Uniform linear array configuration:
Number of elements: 12
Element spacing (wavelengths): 0.25
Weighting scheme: cosine
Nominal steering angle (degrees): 30
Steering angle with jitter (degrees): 31.888
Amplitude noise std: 0.05
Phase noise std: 0.05

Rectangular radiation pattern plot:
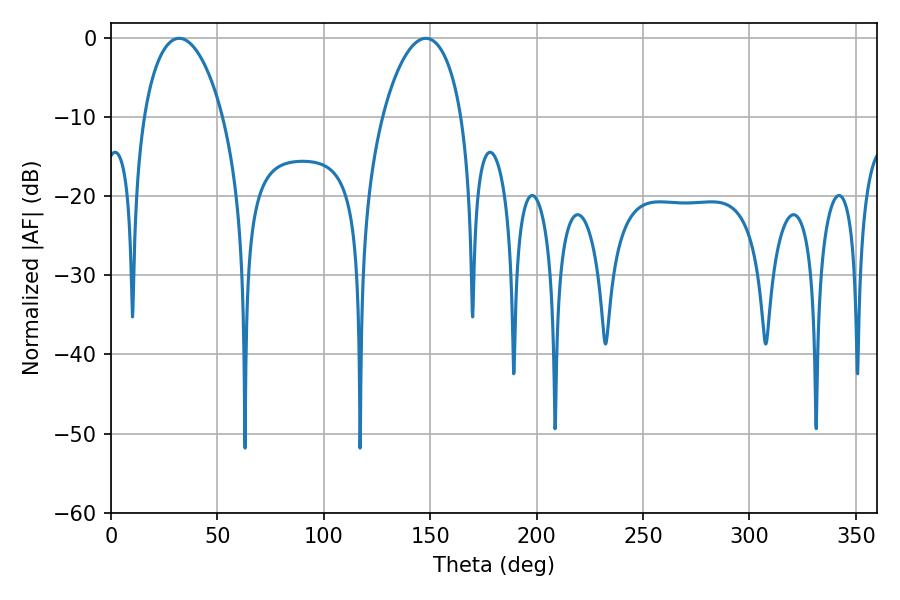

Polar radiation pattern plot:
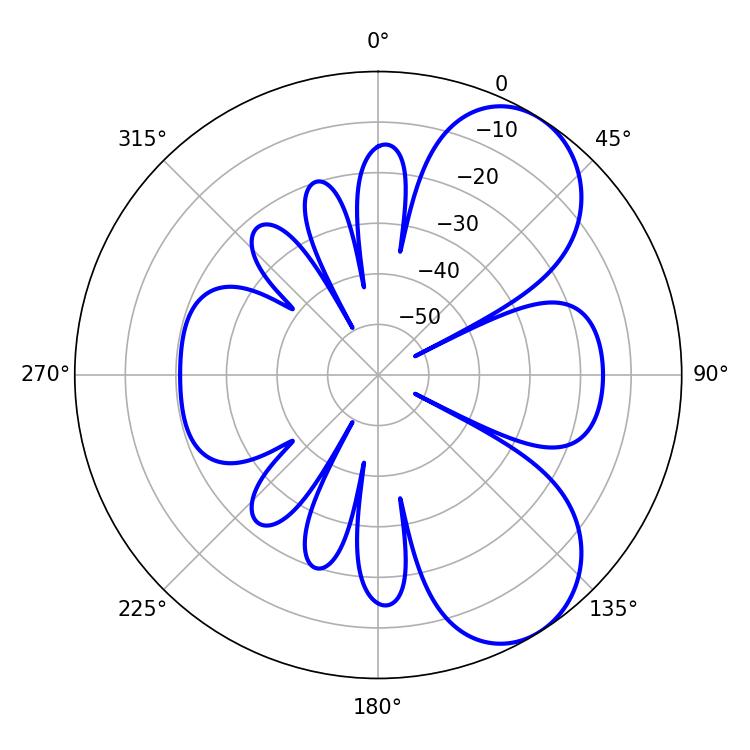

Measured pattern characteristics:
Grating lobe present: FALSE
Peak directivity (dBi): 6.736
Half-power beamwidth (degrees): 21.06
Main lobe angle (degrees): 32.04